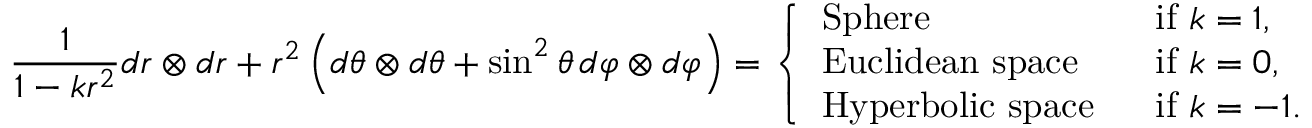
\frac { 1 } { 1 - k r ^ { 2 } } d r \otimes d r + r ^ { 2 } \left( d \theta \otimes d \theta + \sin ^ { 2 } \theta \, d \varphi \otimes d \varphi \right) = \left\{ \begin{array} { l l } { \mathrm { S p h e r e } } & { \mathrm { ~ i f ~ } k = 1 , } \\ { \mathrm { E u c l i d e a n ~ s p a c e } } & { \mathrm { ~ i f ~ } k = 0 , } \\ { \mathrm { H y p e r b o l i c ~ s p a c e ~ } } & { \mathrm { ~ i f ~ } k = - 1 . } \end{array} \right.